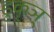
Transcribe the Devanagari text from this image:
डुकृञ्